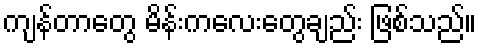
ကျန်တာတွေ မိန်းကလေးတွေချည်း ဖြစ်သည်။